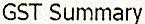
GST SUMMARY